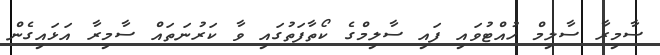
ސާމިރާ ސާލިމް ހުއްޓުވައި ފައި ސާލިމްގެ ކޯތާފަތުގައި ވާ ކަރުނަތައް ސާމިރާ އަޅައިގެން